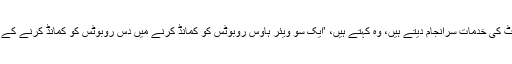
ہوہاؤیوان، جو سائنیاؤ میں سینئر الگارتھم اسپیشلسٹ کی خدمات سرانجام دیتے ہیں، وہ کہتے ہیں، ’ایک سو ویئر ہاؤس روبوٹس کو کمانڈ کرنے میں دس روبوٹس کو کمانڈ کرنے کے مقابلے میں کمپیوٹیشنل پیچیدگیاں کہیں زیادہ ہیں۔